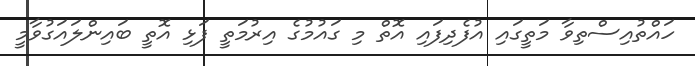
ހައްތުއިސްތިވާ މަތީގައި އުފެދިފައި އޮތް މި ގައުމުގެ އިރުމަތީ ފަޅި އޮތީ ބައިންލައަގުވާމީ